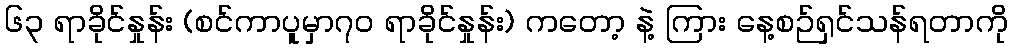
၆၃ ရာခိုင်နှုန်း (စင်ကာပူမှာ၇၀ ရာခိုင်နှုန်း) ကတော့ နဲ့ ကြား နေ့စဉ်ရှင်သန်ရတာကို